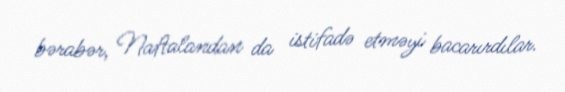
bərabər, Naftalandan da istifadə etməyi bacarırdılar.